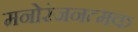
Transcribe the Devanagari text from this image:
मनोरंजनत्मक